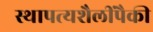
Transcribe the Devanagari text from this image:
स्थापत्यशैलींपैकी